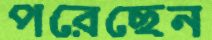
পরেছেন